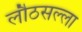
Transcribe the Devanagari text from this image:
लौठसल्ला